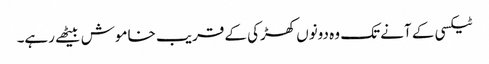
ٹیکسی کے آنے تک وہ دونوں کھڑکی کے قریب خاموش بیٹھے رہے۔